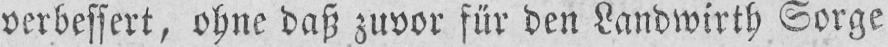
verbessert, ohne daß zuvor für den Landwirth Sorge